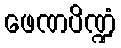
ဖေဏပိဏ္ဍံ